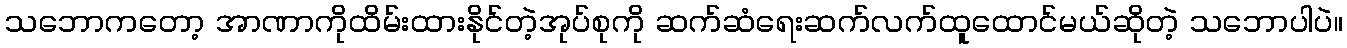
သဘောကတော့ အာဏာကိုထိမ်းထားနိုင်တဲ့အုပ်စုကို ဆက်ဆံရေးဆက်လက်ထူထောင်မယ်ဆိုတဲ့ သဘောပါပဲ။